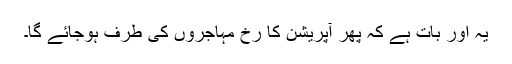
یہ اور بات ہے کہ پھر آپریشن کا رخ مہاجروں کی طرف ہوجائے گا۔